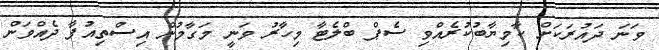
ވަނަ ދައުރަކަށް ކާމިޔާބުކުރެއްވި ސެޕް ބްލެޓާ މިހާރު ވަނީ މަގާމުން އިސްތިއުފާ ދެއްވަން